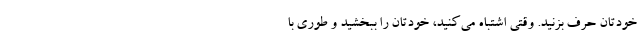
خودتان حرف بزنید. وقتی اشتباه می‌کنید، خودتان را ببخشید و طوری با